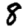
Digit: 8